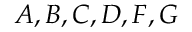
A , B , C , D , F , G